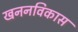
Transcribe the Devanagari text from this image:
खननविकास